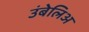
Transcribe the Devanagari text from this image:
उंबेलिअ